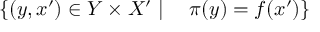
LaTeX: \{ ( y , x ^ { \prime } ) \in Y \times X ^ { \prime } \mid \quad \pi ( y ) = f ( x ^ { \prime } ) \}